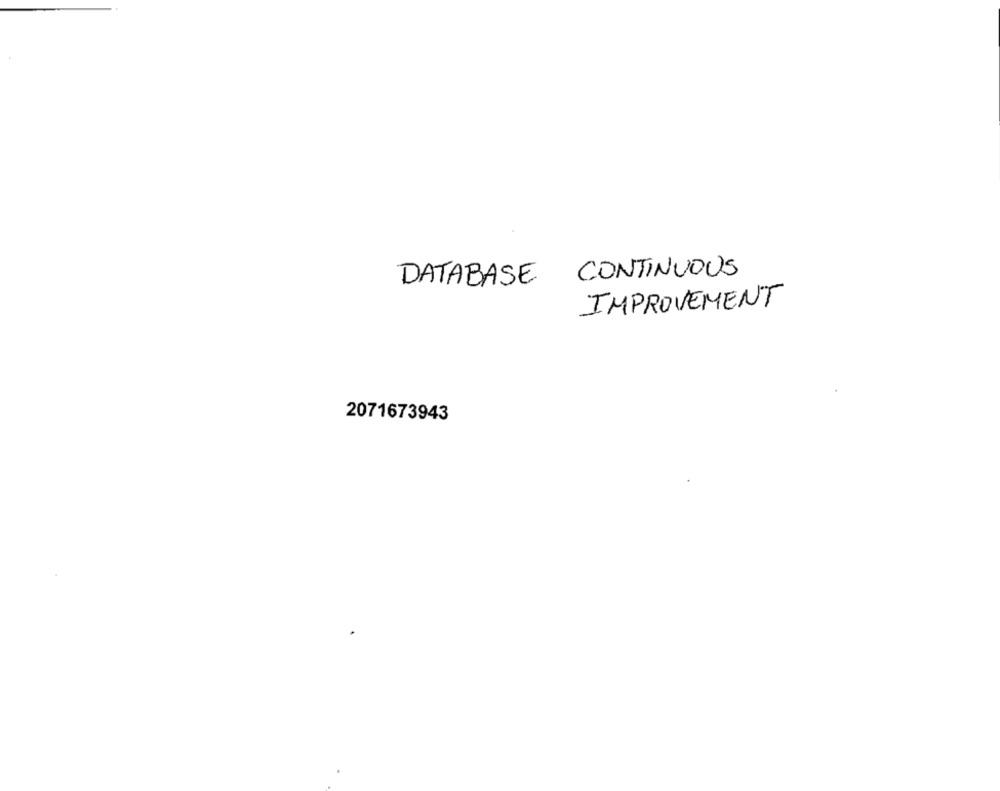
CONTINUOUS
DATABASE
IMPROVEMENT
2071673943